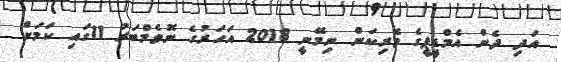
އަދި ދެން އެމްޑީޕީގެ ވެރިކަން ނިމޭނީ 2018 އަހަރުގެ ނޮވެމްބަރު 11ގައި ކަމަށް